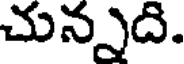
చున్నది.